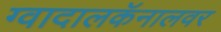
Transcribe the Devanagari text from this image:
ग्वादालकॅनालवर